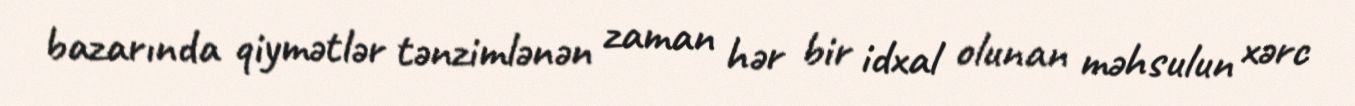
bazarında qiymətlər tənzimlənən zaman hər bir idxal olunan məhsulun xərc